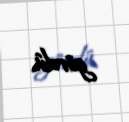
gördü.